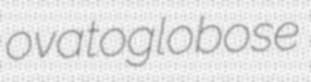
ovatoglobose